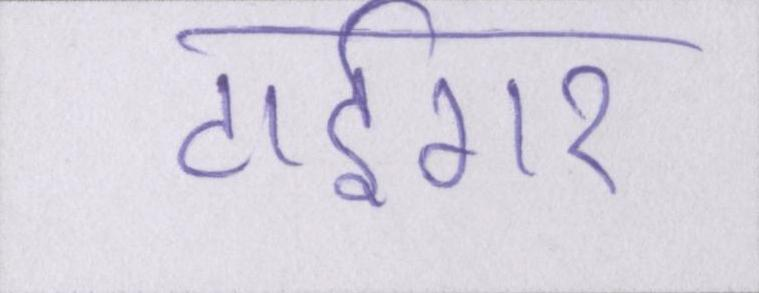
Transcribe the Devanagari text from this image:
टाईगर